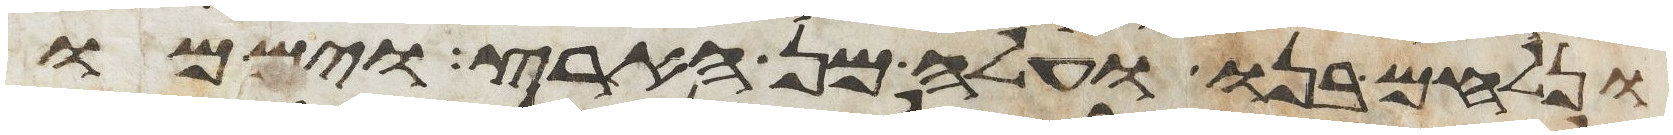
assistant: ונלחם בנו ועלה מן הארץ וישמו